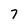
Character: 7